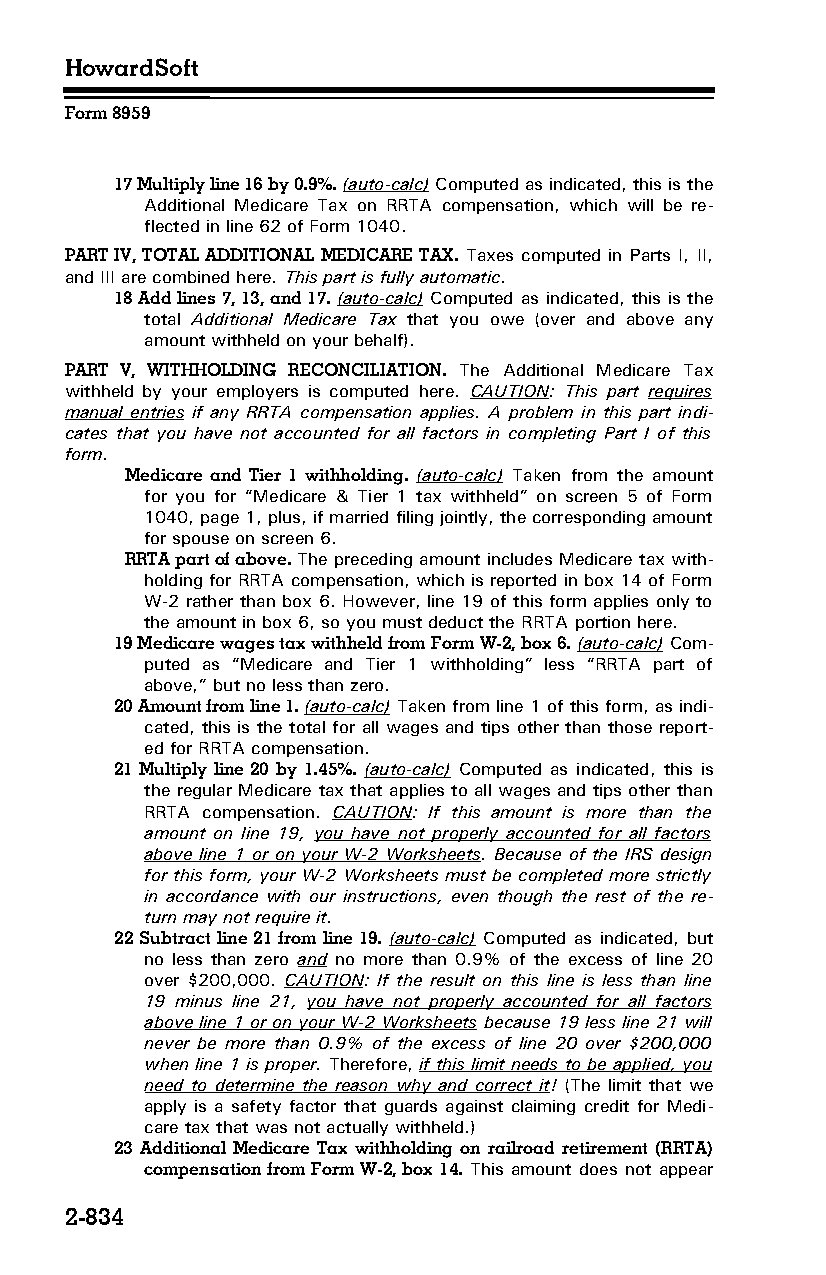
HowardSoft
 Form 8959
 17 Multiply line 16 by 0.9%. (auto-calc) Computed as indicated, this is the
 Additional Medicare Tax on RRTA compensation, which will be re­
 flected in line 62 of Form 1040.
 PART IV, TOTAL ADDITIONAL MEDICARE TAX. Taxes computed in Parts I, II,
 and III are combined here. This part is fully automatic.
 18 Add lines 7, 13, and 17. (auto-calc) Computed as indicated, this is the
 total Additional Medicare Tax that you owe (over and above any
 amount withheld on your behalf).
 PART V, WITHHOLDING RECONCILIATION. The Additional Medicare Tax
 withheld by your employers is computed here. CAUTION: This part requires
 manual entries if any RRTA compensation applies. A problem in this part indi­
 cates that you have not accounted for all factors in completing Part I of this
 form.
 Medicare and Tier 1 withholding. (auto-calc) Taken from the amount
 for you for “Medicare & Tier 1 tax withheld” on screen 5 of Form
 1040, page 1, plus, if married filing jointly, the corresponding amount
 for spouse on screen 6.
 RRTA part of above. The preceding amount includes Medicare tax with­
 holding for RRTA compensation, which is reported in box 14 of Form
 W-2 rather than box 6. However, line 19 of this form applies only to
 the amount in box 6, so you must deduct the RRTA portion here.
 19 Medicare wages tax withheld from Form W-2, box 6. (auto-calc) Com­
 puted as “Medicare and Tier 1 withholding” less “RRTA part of
 above,” but no less than zero.
 20 Amount from line 1. (auto-calc) Taken from line 1 of this form, as indi­
 cated, this is the total for all wages and tips other than those report­
 ed for RRTA compensation.
 21 Multiply line 20 by 1.45%. (auto-calc) Computed as indicated, this is
 the regular Medicare tax that applies to all wages and tips other than
 RRTA compensation. CAUTION: If this amount is more than the
 amount on line 19, you have not properly accounted for all factors
 above line 1 or on your W-2 Worksheets. Because of the IRS design
 for this form, your W-2 Worksheets must be completed more strictly
 in accordance with our instructions, even though the rest of the re­
 turn may not require it.
 22 Subtract line 21 from line 19. (auto-calc) Computed as indicated, but
 no less than zero and no more than 0.9% of the excess of line 20
 over $200,000. CAUTION: If the result on this line is less than line
 19 minus line 21, you have not properly accounted for all factors
 above line 1 or on your W-2 Worksheets because 19 less line 21 will
 never be more than 0.9% of the excess of line 20 over $200,000
 when line 1 is proper. Therefore, if this limit needs to be applied, you
 need to determine the reason why and correct it! (The limit that we
 apply is a safety factor that guards against claiming credit for Medi­
 care tax that was not actually withheld.)
 23 Additional Medicare Tax withholding on railroad retirement (RRTA)
 compensation from Form W-2, box 14. This amount does not appear
 2-834